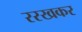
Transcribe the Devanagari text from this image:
ररखकर